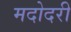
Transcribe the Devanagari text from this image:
मदोदरी